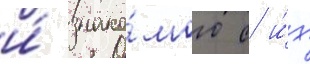
и́ знако́мого с и́х